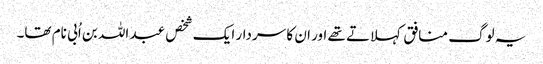
یہ لوگ منافق کہلاتے تھے اور ان کا سردار ایک شخص عبد اللہ بن اُبی نام تھا۔